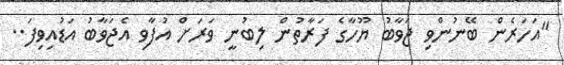
"އަހަރެން ބޭނުންވި ޖަވާބު ޔޫހާގެ ފަރާތުން ލިބުނީ ވަރަށް އުފާވި އެޖަވާބު އަޑުއިވިފަ..